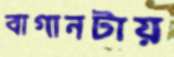
বাগানটায়